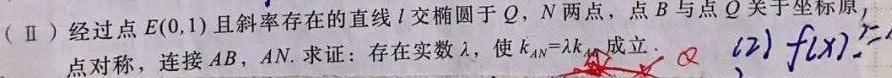
(Ⅱ)经过点$E(0,1)$且斜率存在的直线$l$交椭圆于$Q$，$N$两点，点$B$与点$Q$关于坐标原点对称，连接$AB$，$AN$.求证：存在实数$\lambda$，使$k_{AN}=\lambda k_{AB}$成立.